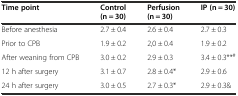
<table><thead><tr><td><b>Time point</b></td><td><b>Control (n = 30)</b></td><td><b>Perfusion (n = 30)</b></td><td><b>IP (n = 30)</b></td></tr></thead><tbody><tr><td>Before anesthesia</td><td>2.7 ± 0.4</td><td>2.6 ± 0.4</td><td>2.7 ± 0.3</td></tr><tr><td>Prior to CPB</td><td>1.9 ± 0.2</td><td>2,0 ± 0.4</td><td>1.9 ± 0.2</td></tr><tr><td>After weaning from CPB</td><td>3.0 ± 0.2</td><td>2.9 ± 0.3</td><td>3.4 ± 0.3**<sup>#</sup></td></tr><tr><td>12 h after surgery</td><td>3.1 ± 0.7</td><td>2.8 ± 0.4*</td><td>2.9 ± 0.6</td></tr><tr><td>24 h after surgery</td><td>3.0 ± 0.5</td><td>2.7 ± 0.3*</td><td>2.9 ± 0.3&amp;</td></tr></tbody></table>